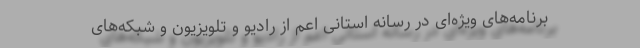
برنامه‌های ویژه‌ای در رسانه استانی اعم از رادیو و تلویزیون و شبکه‌های